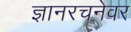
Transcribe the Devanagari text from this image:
ज्ञानरचनेवर